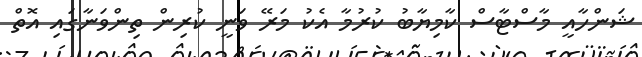
ޝަންހާއީ މާސްޓާސް ކާމިޔާބު ކުރުމާ އެކު މަރޭ ވަނީ ކުރިން ތިންވަނާގައި އޮތް